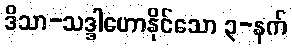
ဒိသာ-သဒ္ဒါဟောနိုင်သော ၃-နက်